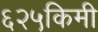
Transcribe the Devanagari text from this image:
६२५किमी